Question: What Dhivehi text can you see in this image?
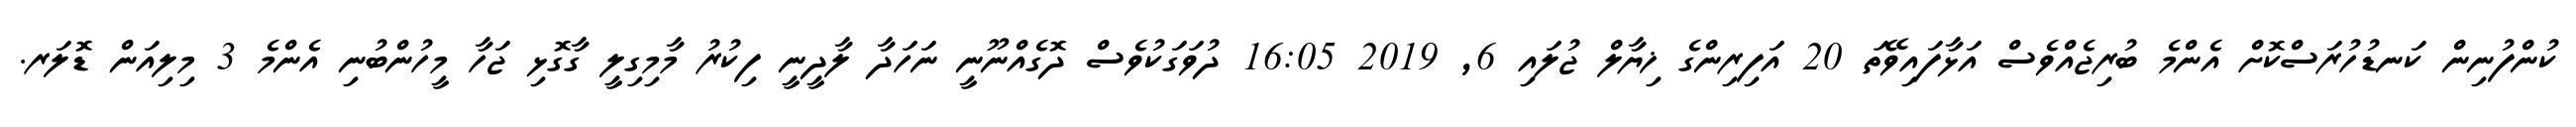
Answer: ކުންފުނިން ކަނޑުހުރަސްކޮށް އެންމެ ބުރިޖެއްވެސް އަޅާފައިވޭތަ 20 އަފިރިންގެ ޚިޔާލް ޖުލައި 6, 2019 16:05 ދުވަގަކުވެސް ދޮގެއްނޫނީ ނަހަދާ ލާދީނީ ފިކުރު މާމިގިލީ ގާގޮޅި ޖަހާ މީހުންބުނި އެންމެ 3 މިލިއަން ޑޮލަރ.